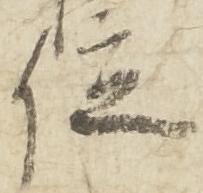
位